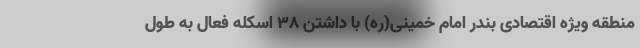
منطقه ویژه اقتصادی بندر امام خمینی(ره) با داشتن 38 اسکله فعال به طول